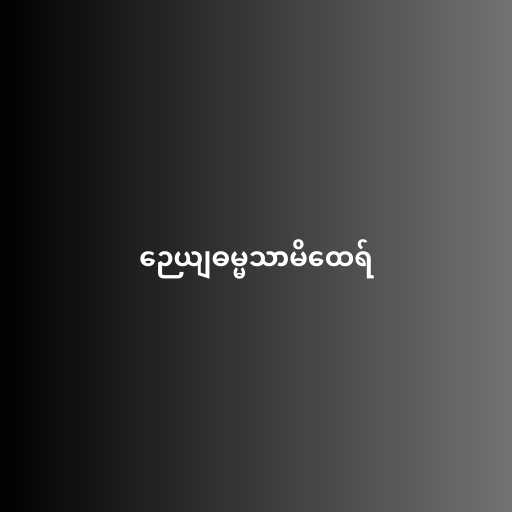
ဉေယျဓမ္မသာမိထေရ်